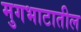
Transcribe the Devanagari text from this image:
मुगभाटातील